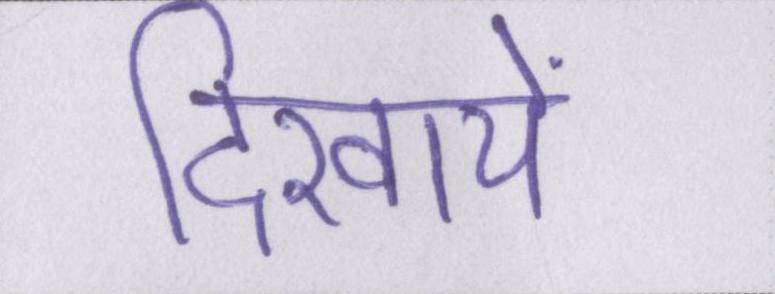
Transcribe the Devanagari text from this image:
दिखायें